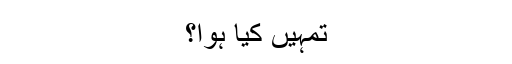
تمہیں کیا ہوا؟